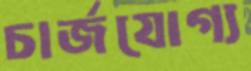
চার্জযোগ্য